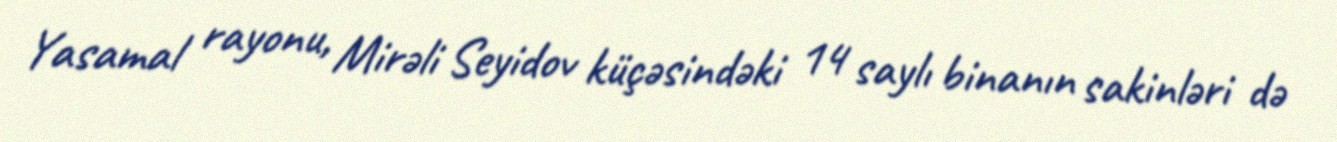
Yasamal rayonu, Mirəli Seyidov küçəsindəki 14 saylı binanın sakinləri də